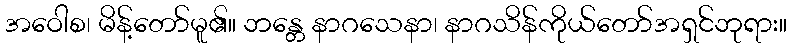
အဝေါစ၊ မိန့်တော်မူ၏။ ဘန္တေ နာဂသေနာ၊ နာဂသိန်ကိုယ်တော်အရှင်ဘုရား။